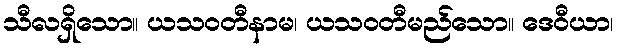
သီလရှိသော။ ယသဝတီနာမ၊ ယသဝတီမည်သော။ ဒေဝီယာ၊